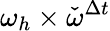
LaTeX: \omega_{h}\times\check{\omega}^{\Delta t}